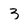
Character: 3